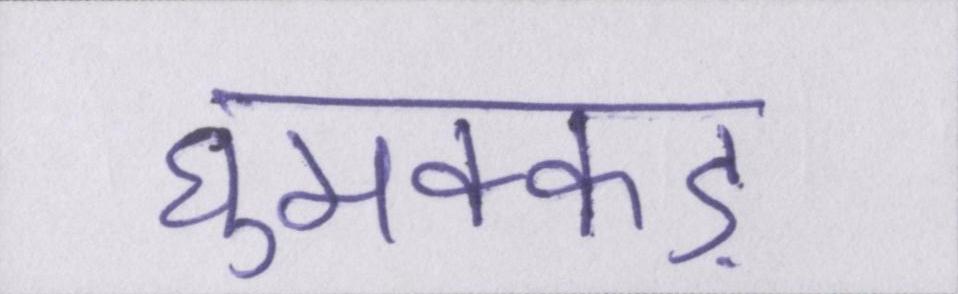
घुमक्कड़